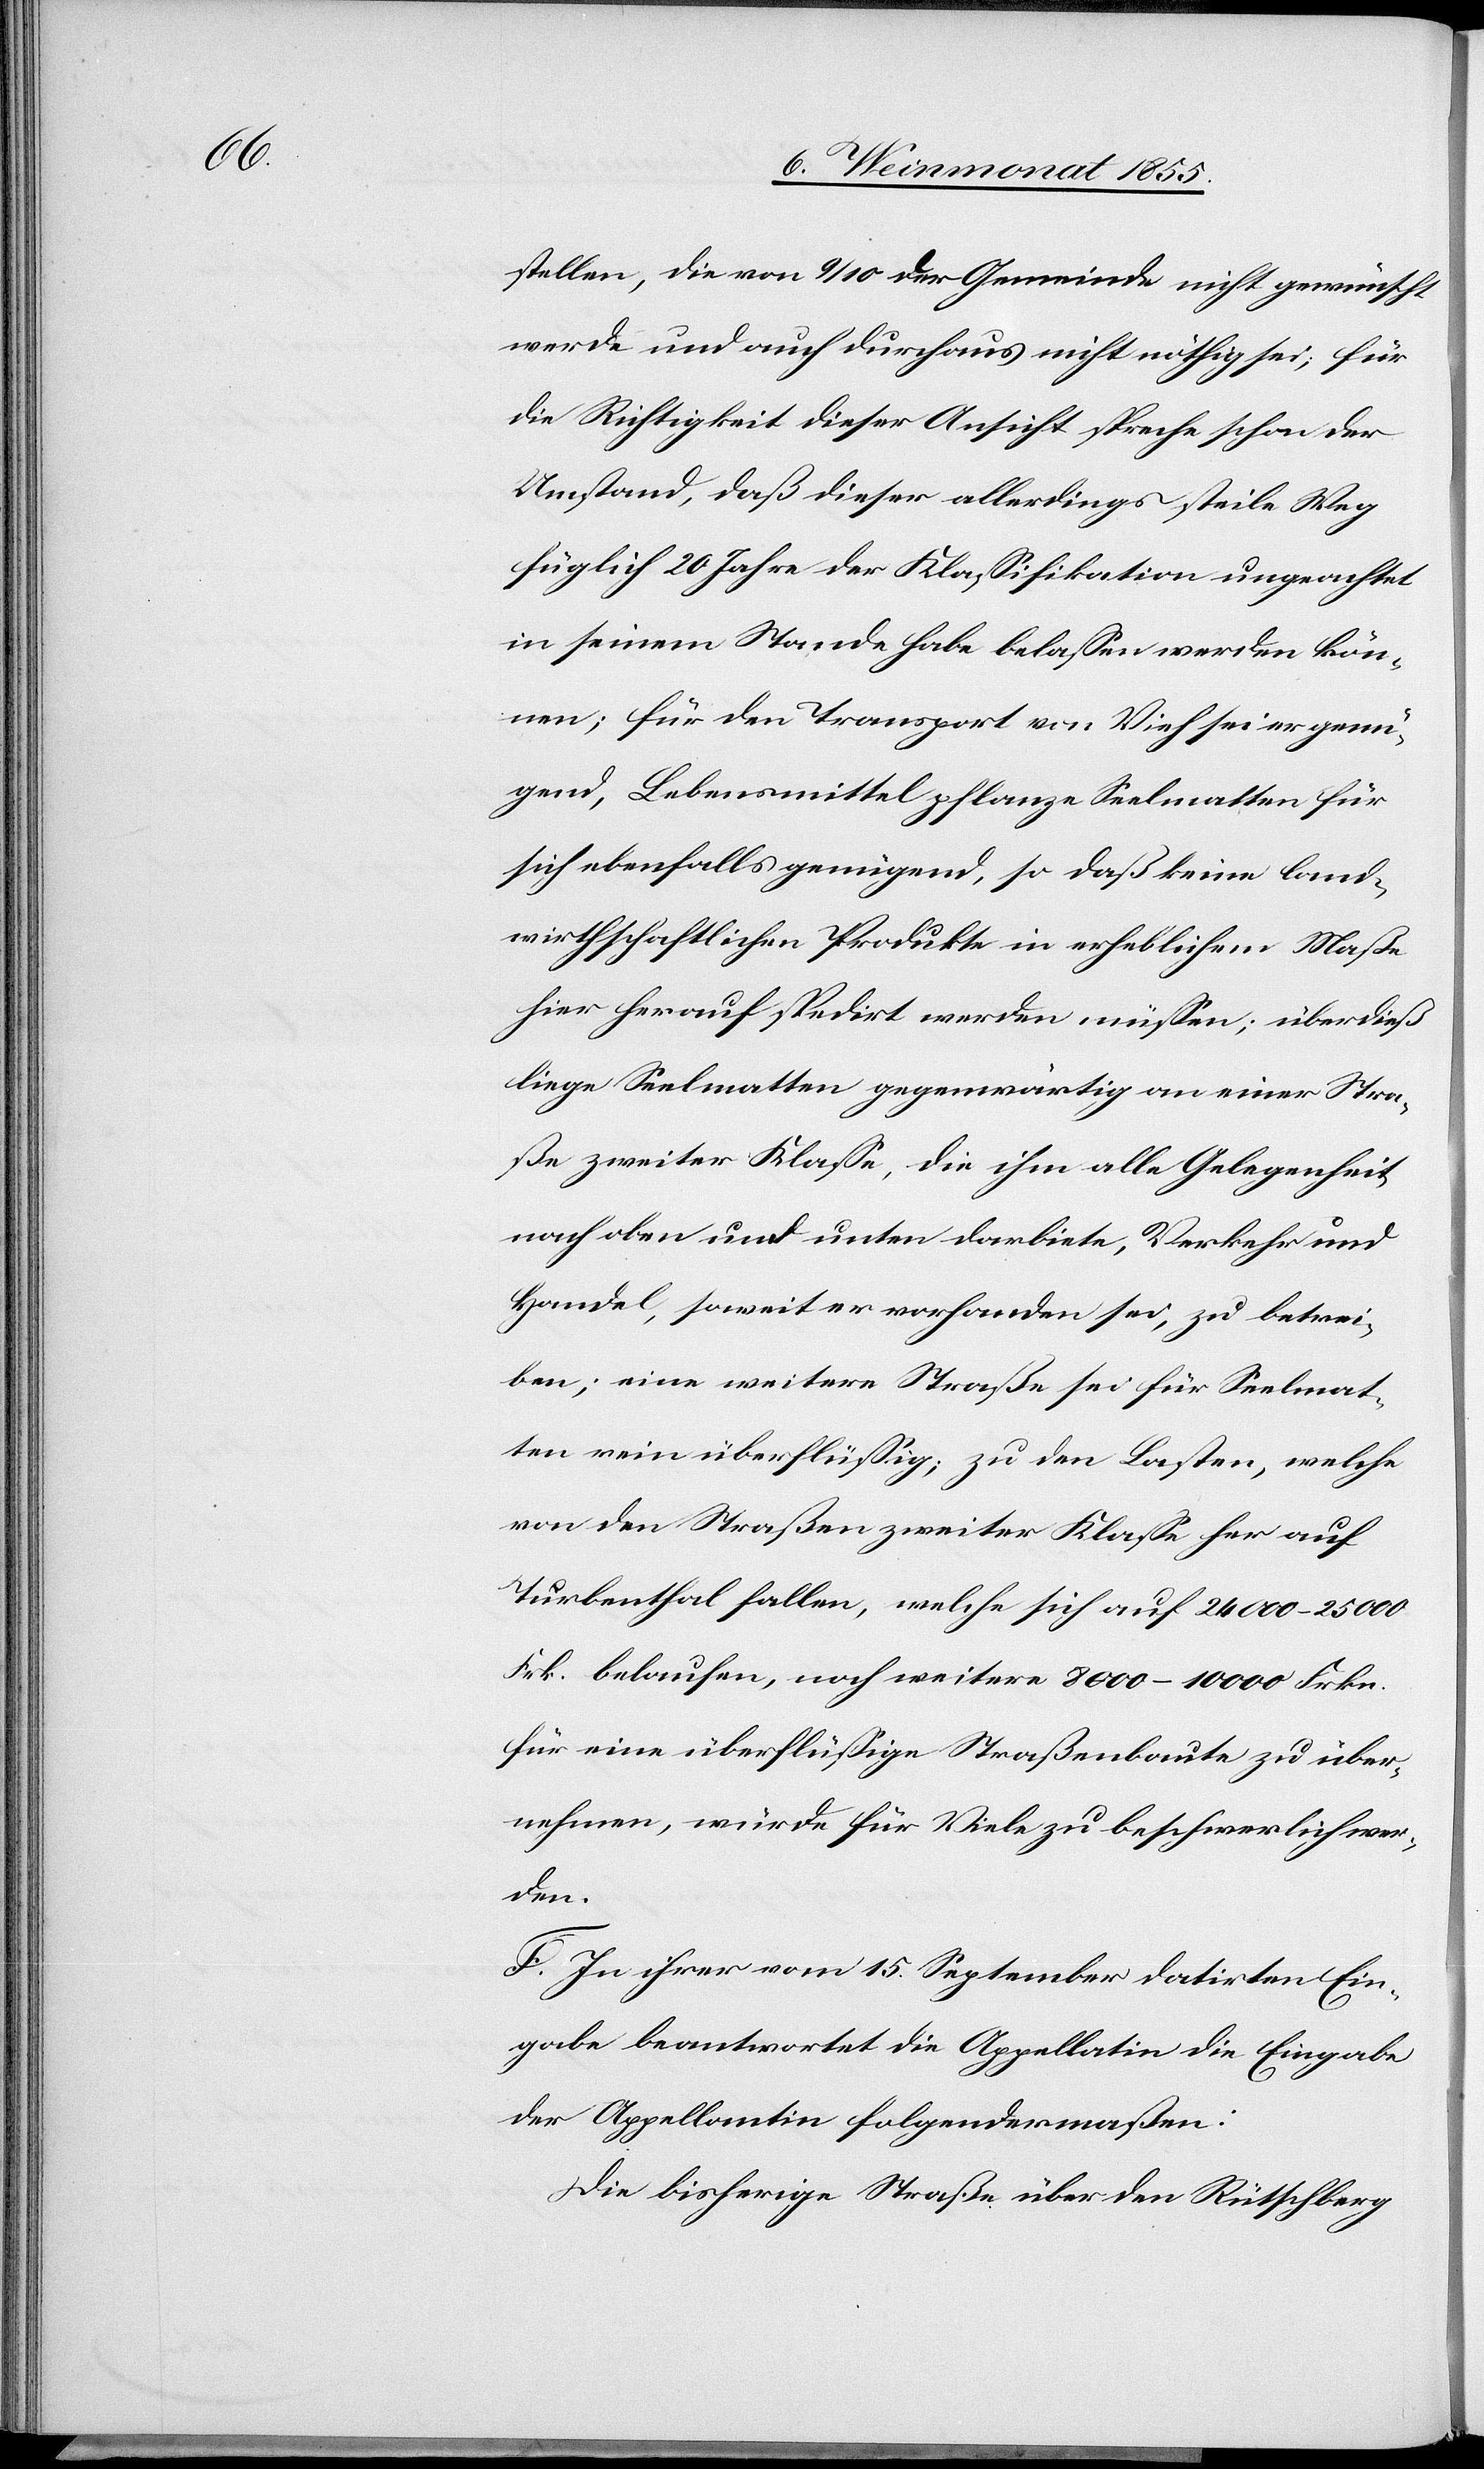
stellen, die von 9/10 der Gemeinde nicht gewünscht
werde und auch durchaus nicht nöthig sei; für
die Richtigkeit dieser Ansicht spreche schon der
Umstand, daß dieser allerdings steile Weg
füglich 20 Jahre der Klassifikation ungeachtet
in seinem Stande habe belassen werden kön¬
nen; für den Transport von Vieh sei er genü¬
gend, Lebensmittel pflanze Seelmatten für
sich ebenfalls genügend, so daß keine land¬
wirthschaftlichen Produkte in erheblichem Maße
hier herauf spedirt werden müssen; überdieß
liege Seelmatten gegenwärtig an einer Stra¬
ße zweiter Klasse, die ihm alle Gelegenheit
nach oben und unten darbiete, Verkehr und
Handel, soweit er vorhanden sei, zu betrei¬
ben; eine weitere Straße sei für Seelmat¬
ten rein überflüssig; zu den Lasten, welche
von den Straßen zweiter Klasse her auf
Turbenthal fallen, welche sich auf 24 000–25 000
Frk. belaufen, noch weitere 8000–10 000 Frkn.
für eine überflüssige Straßenbaute zu über¬
nehmen, würde für Viele zu beschwerlich wer¬
den.
F. In ihrer vom 15. September datirten Ein¬
gabe beantwortet die Appellatin die Eingabe
der Appellantin folgendermaßen:
Die bisherige Straße über den Rütschberg